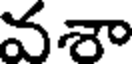
వశా